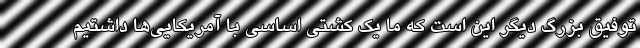
توفیق بزرگ دیگر این است که ما یک کشتی اساسی با آمریکایی‌ها داشتیم